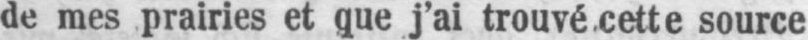
de mes prairies et que j’ai trouvé cette source